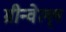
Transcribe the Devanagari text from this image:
ग्रीन्वेल्ल्